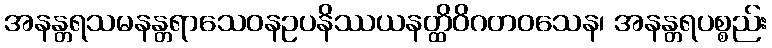
အနန္တရသမနန္တရာသေဝနဥပနိဿယနတ္ထိဝိဂတဝသေန၊ အနန္တရပစ္စည်း